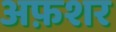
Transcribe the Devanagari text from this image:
अफ़शर